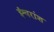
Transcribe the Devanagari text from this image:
ईश्वरांश